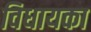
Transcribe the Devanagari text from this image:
विधायका